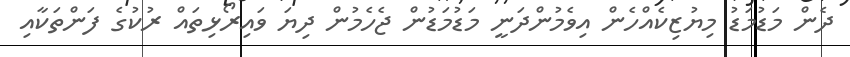
ދެން މަޑުމަޑު މިޔުޒިކެއްހެން އިވެމުންދަނީ މަޑުމަޑުން ޖެހެމުން ދިޔަ ވައިރޯޅިތައް ރުކުގެ ފަންތަކާއި